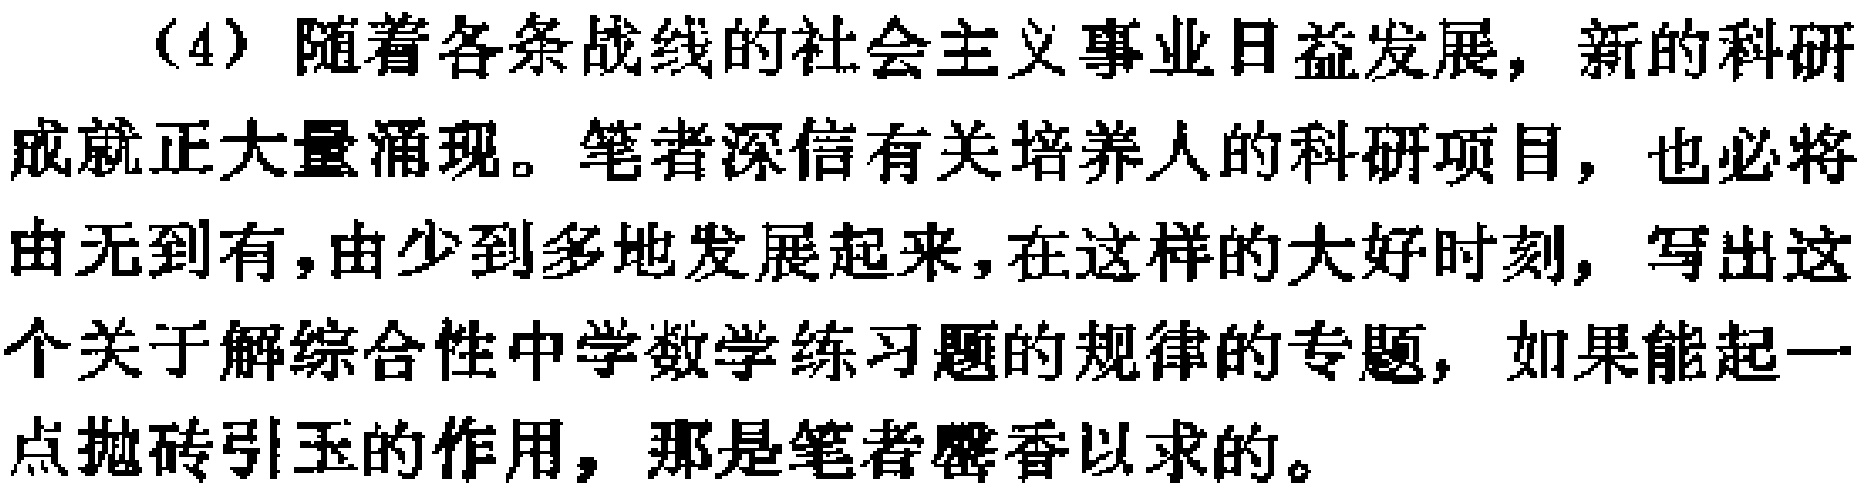
（4）随着各条战线的社会主义事业日益发展，新的科研成就正大量涌现。笔者深信有关培养人的科研项目，也必将由无到有，由少到多地发展起来，在这样的大好时刻，写出这个关于解综合性中学数学练习题的规律的专题，如果能起一点抛砖引玉的作用，那是笔者馨香以求的。